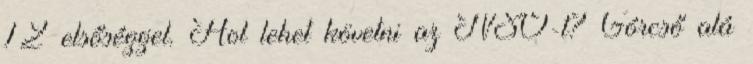
12 elsőséggel. Hol lehet követni az NSO-t? Górcső alá